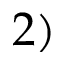
2 )